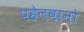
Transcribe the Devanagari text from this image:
पहेलवानो